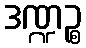
ဒဏ္ဍဉ္စ